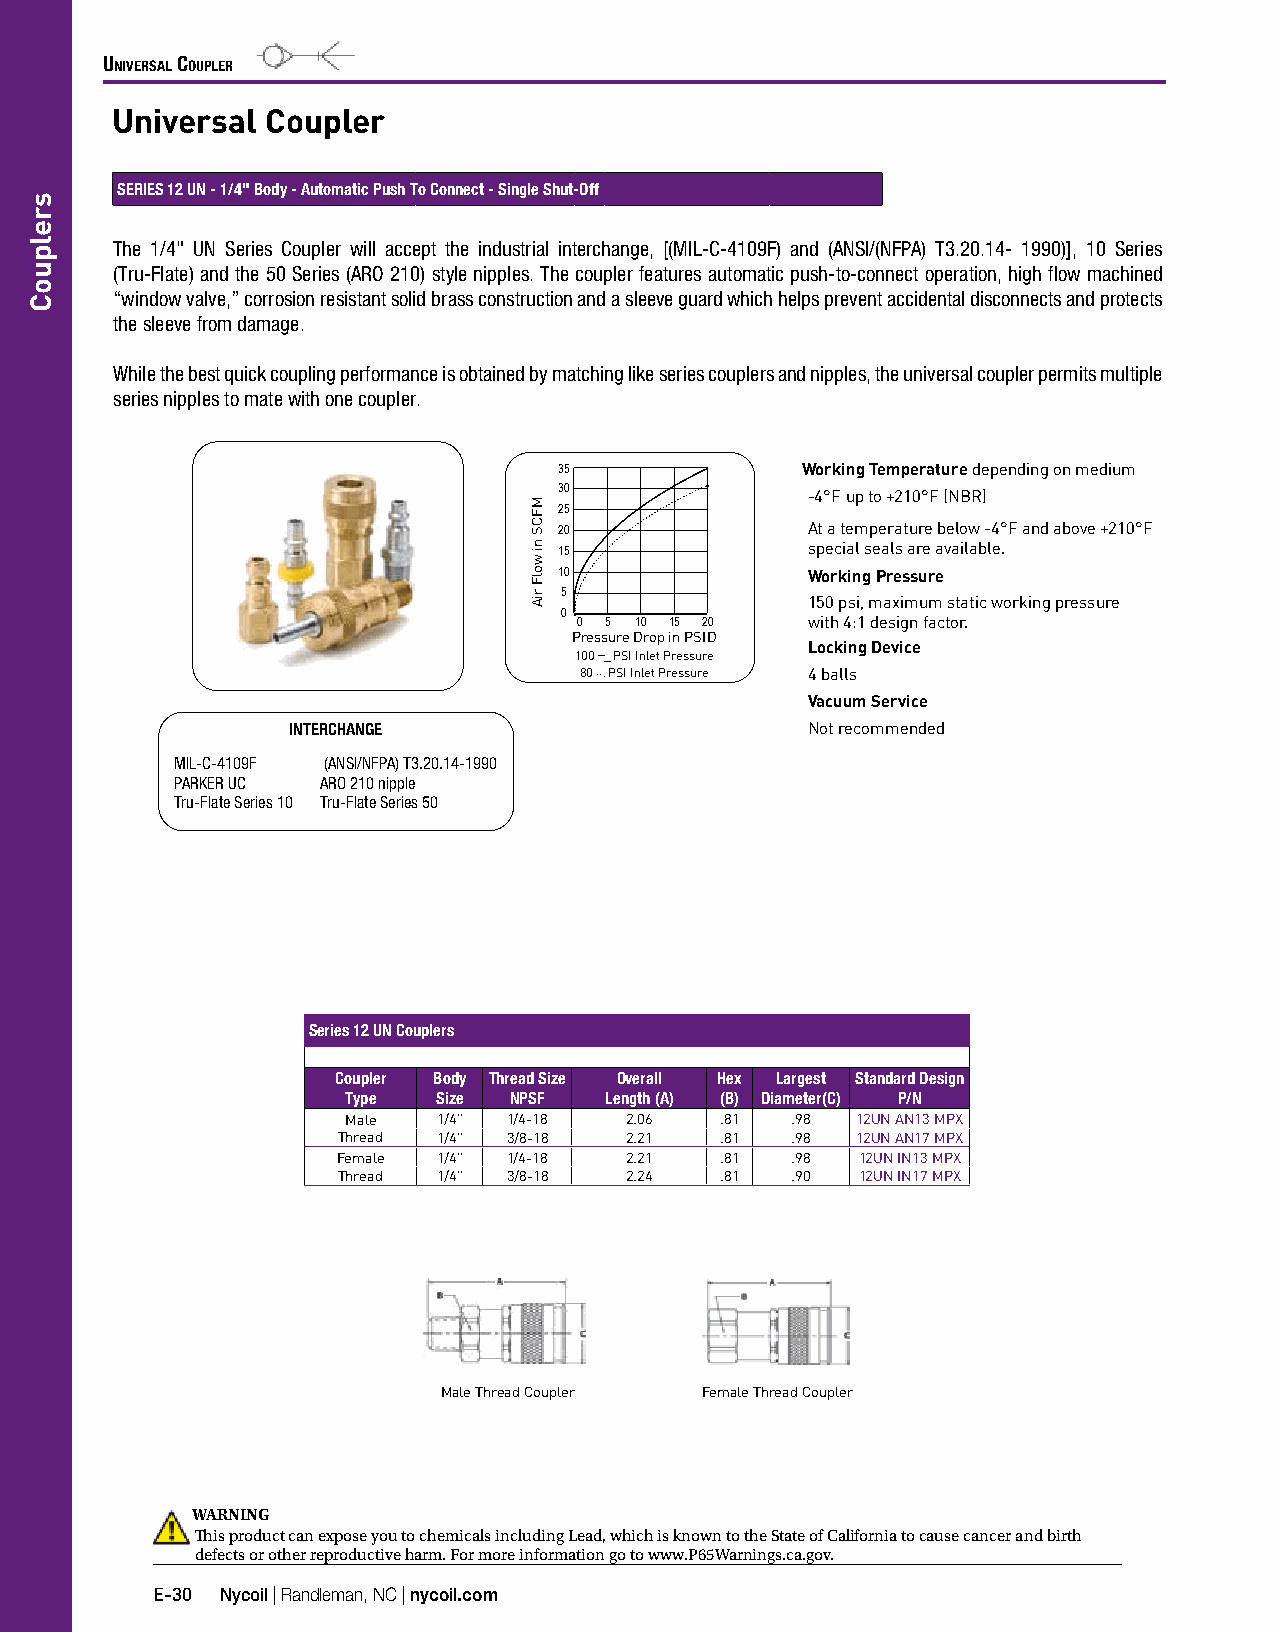
Universal CoUpler
 Universal  Coupler
 SERIES 12 UN - 1/4" Body - Automatic Push To Connect - Single Shut-Off
 The 1/4" UN Series Coupler will accept the industrial interchange, [(MIL-C-4109F) and (ANSI/(NFPA) T3.20.14- 1990)], 10 Series
 (Tru-Flate) and the 50 Series (ARO 210) style nipples. The coupler features automatic push-to-connect operation, high flow machined
 “window valve,” corrosion resistant solid brass construction and a sleeve guard which helps prevent accidental disconnects and protects
 the sleeve from damage.
 While the best quick coupling performance is obtained by matching like series couplers and nipples, the universal coupler permits multiple
 series nipples to mate with one coupler.
 35              Working Temperature depending on medium
 30               -4°F up to +210°F (NBR)
 25
 20               At a temperature below -4°F and above +210°F
 15               special seals are available.
 10               Working Pressure
 5
 150 psi, maximum static working pressure
 0
 0 5 10 15 20    with 4:1 design factor.
 Pressure Drop in PSID
 100 __ PSI Inlet Pressure Locking Device
 80 ... PSI Inlet Pressure 4 balls
 Vacuum Service
 INTERCHANGE                        Not recommended
 MIL-C-4109F (ANSI/NFPA) T3.20.14-1990
 PARKER UC ARO 210 nipple
 Tru-Flate Series 10 Tru-Flate Series 50
 Series 12 UN Couplers
 Coupler Body Thread Size Overall Hex Largest Standard Design
 Type  Size NPSF  Length (A) (B) Diameter(C) P/N
 Male  1/4" 1/4-18 2.06   .81 .98  12UN AN13 MPX
 Thread 1/4" 3/8-18 2.21   .81 .98  12UN AN17 MPX
 Female 1/4" 1/4-18 2.21   .81 .98  12UN IN13 MPX
 Thread 1/4" 3/8-18 2.24   .81 .90  12UN IN17 MPX
 Male Thread Coupler Female Thread Coupler
 WARNING
 This product can expose you to chemicals including Lead, which is known to the State of California to cause cancer and birth
 defects or other reproductive harm. For more information go to www.P65Warnings.ca.gov.
 E-30 Nycoil | Randleman, NC | nycoil.com
 srelpuoC
 MFCS
 ni
 wolF
 riA